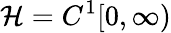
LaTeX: {\mathcal{H}}=C^{1}[0,\infty)